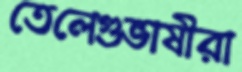
তেলেগুভাষীরা